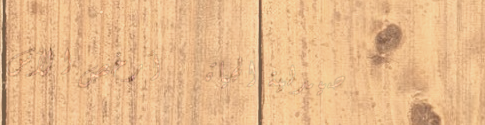
صيدلية الحياة   أرخص الأس